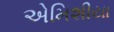
એમિશીયા